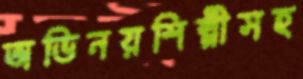
অভিনয়শিল্পীসহ